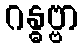
ဂန္ဓဗ္ဗာ